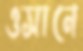
ওসানে